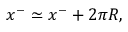
x ^ { - } \simeq x ^ { - } + 2 \pi R ,